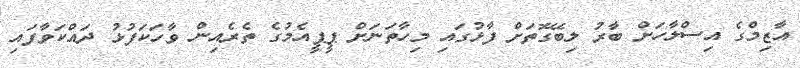
އާޒިމްގެ އިސްލާހަށް ބާރު ލިބޭގޮތަށް ފާޅުގައި މިހާތަނަށް ޕީޕީއެމުގެ ތެރެއިން ވާހަކަފުޅު ދައްކަވާފައި